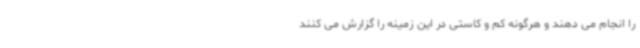
را انجام می دهند و هرگونه کم و کاستی در این زمینه را گزارش می کنند